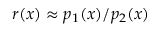
r ( x ) \approx p _ { 1 } ( x ) / p _ { 2 } ( x )